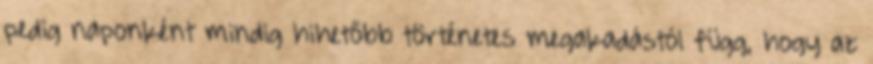
pedig naponként mindig hihetőbb történetes megakadástól függ, hogy az